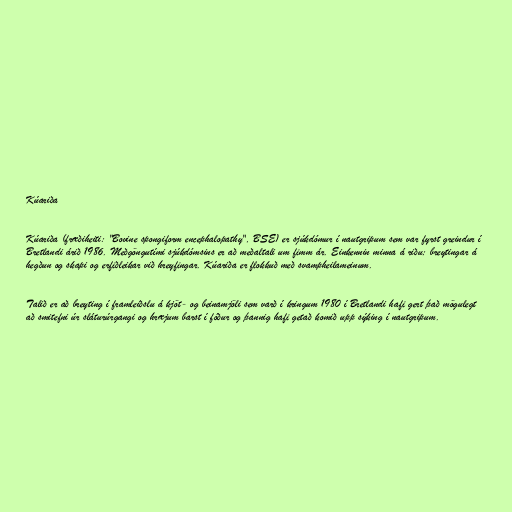
Kúariða

Kúariða (fræðiheiti: "Bovine spongiform encephalopathy", BSE) er sjúkdómur í nautgripum sem var fyrst greindur í
Bretlandi árið 1986. Meðgöngutími sjúkdómsins er að meðaltali um fimm ár. Einkennin minna á riðu; breytingar á
hegðun og skapi og erfiðleikar við hreyfingar. Kúariða er flokkuð með svampheilameinum.

Talið er að breyting í framleiðslu á kjöt- og beinamjöli sem varð í kringum 1980 í Bretlandi hafi gert það mögulegt
að smitefni úr sláturúrgangi og hræjum barst í fóður og þannig hafi getað komið upp sýking í nautgripum.